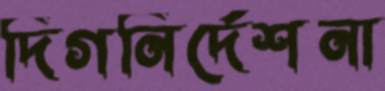
দিগনির্দেশনা